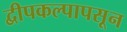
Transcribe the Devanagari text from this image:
द्वीपकल्पापसून